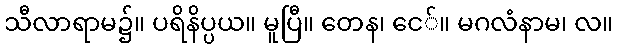
သီလာရာမ၌။ ပရိနိပ္ပယ။ မူပြီ။ တေန၊ ငေ်။ မဂလံနာမ၊ လ။